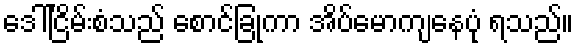
ဒေါ်ငြိမ်းစံသည် စောင်ခြုံကာ အိပ်မောကျနေပုံ ရသည်။